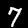
Label: 7